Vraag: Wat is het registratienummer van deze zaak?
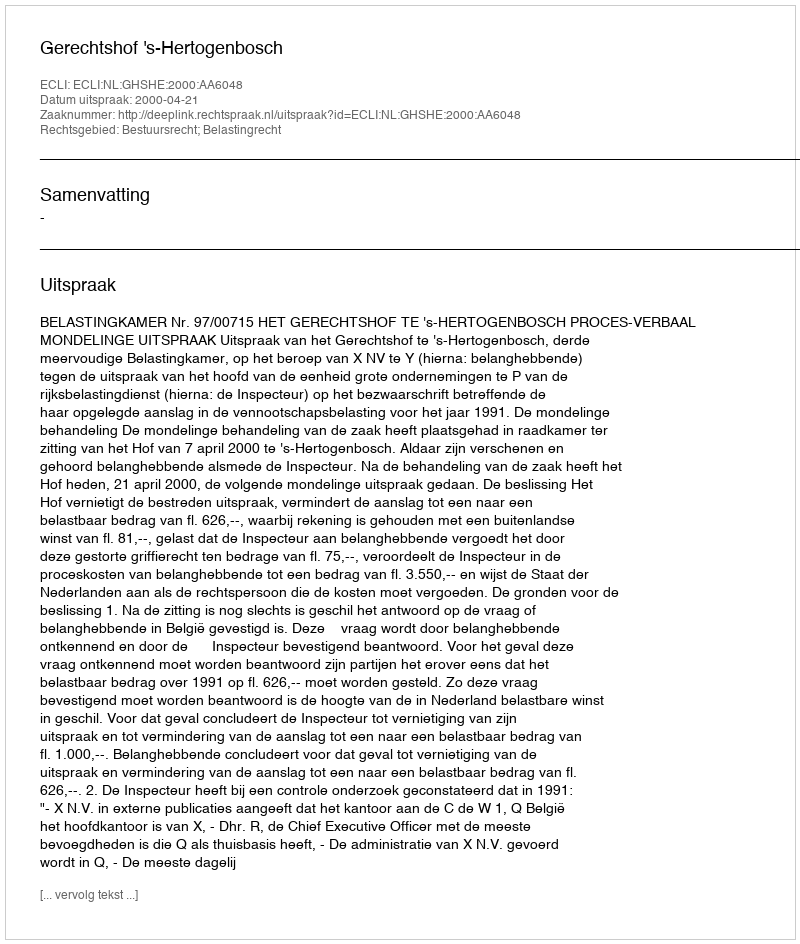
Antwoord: http://deeplink.rechtspraak.nl/uitspraak?id=ECLI:NL:GHSHE:2000:AA6048